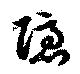
隱